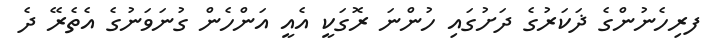
ފރިހެނުންގެ ޛަކަރުގެ ދަށުގައި ހުންނަ ރޮގަކީ އެއީ އަންހެން ގުނަވަނުގެ އެތެރޭ ދެ